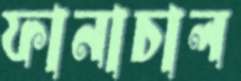
ফানাচাল